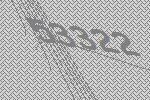
53322